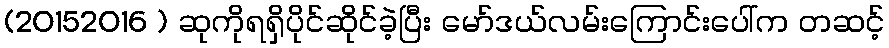
(20152016 ) ဆုကိုရရှိပိုင်ဆိုင်ခဲ့ပြီး မော်ဒယ်လမ်းကြောင်းပေါ်က တဆင့်